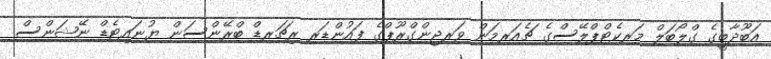
އަބޫދާބީގެ ގްލޯބަލް މަރކެޓްޕްލޭސްގެ ޗެއަރމަން ވަރޖިންގްރޫޕްގެ ފައުންޑަރ ރިޗަރޑް ބްރޭންސަން ޔުނައިޓެޑް ނޭޝަންސް